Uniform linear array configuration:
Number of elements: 12
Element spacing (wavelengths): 0.75
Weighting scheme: exponential
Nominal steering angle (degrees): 15
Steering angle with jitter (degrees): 14.545
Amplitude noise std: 0.05
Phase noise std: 0.05

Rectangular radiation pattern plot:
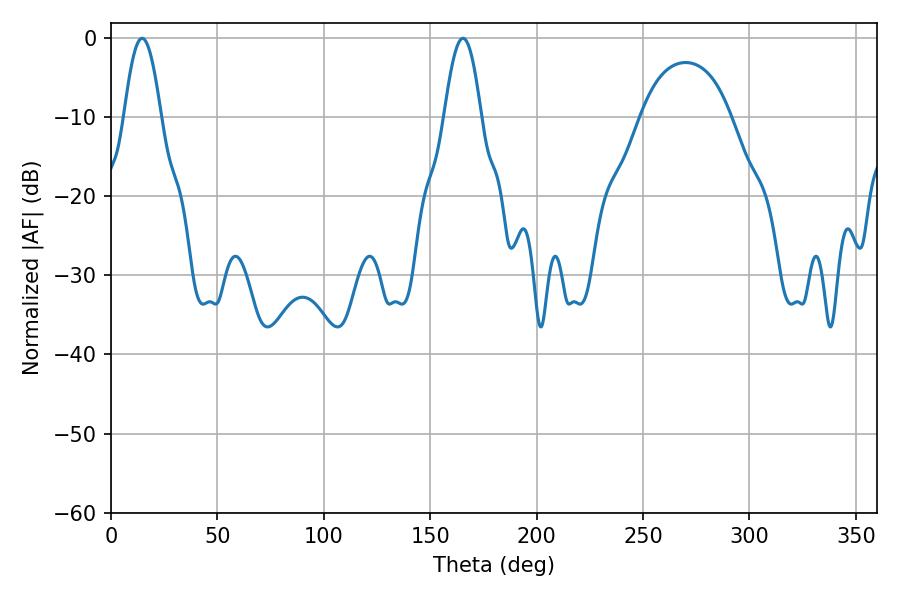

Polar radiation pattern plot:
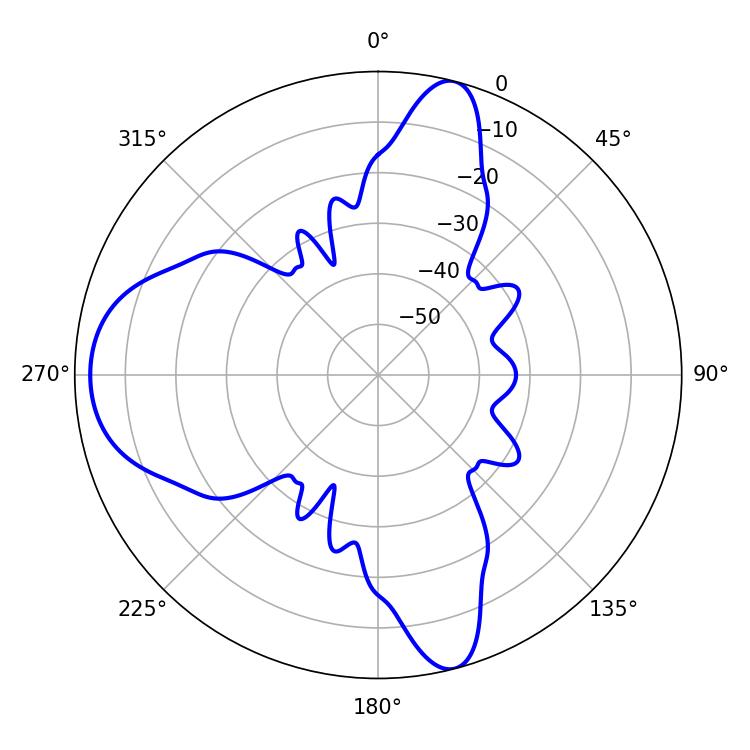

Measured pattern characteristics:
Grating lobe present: TRUE
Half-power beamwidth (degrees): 9.18
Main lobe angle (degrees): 14.58